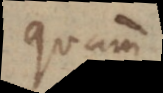
quam